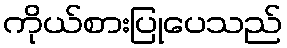
ကိုယ်စားပြုပေသည်